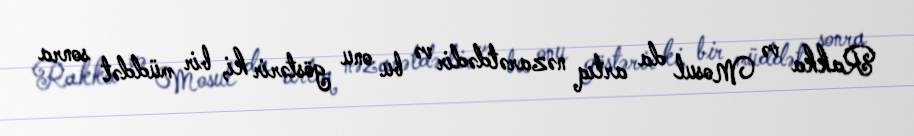
Rakka və Mosul da artıq nəzarətdədir və bu onu göstərir ki, bir müddət sonra